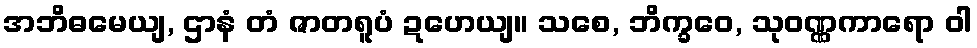
အဘိဓမေယျ, ဌာနံ တံ ဇာတရူပံ ဍဟေယျ။ သစေ, ဘိက္ခဝေ, သုဝဏ္ဏကာရော ဝါ